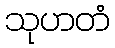
သုဟတံ